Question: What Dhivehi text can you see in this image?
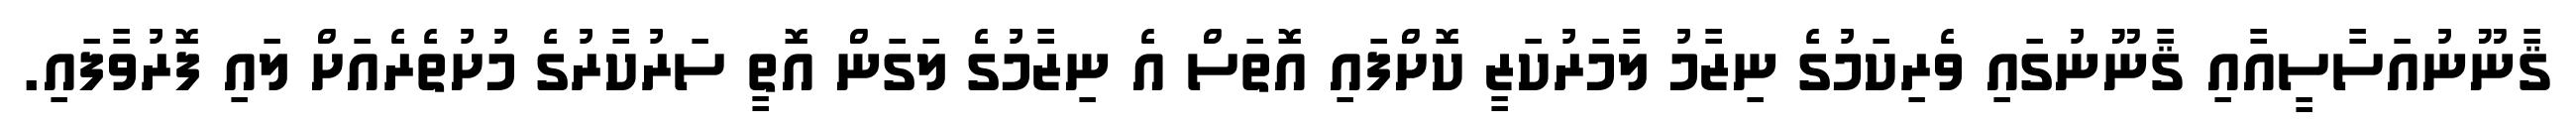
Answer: ޤާނޫނުއަސާސީއާއި ޤާނޫނުގައި ވެރިކަމުގެ ނިޒާމު ލާމަރުކަޒީ ކޮށްފައި އޮތަސް އެ ނިޒާމުގެ ލަގަން އޮތީ ސަރުކާރުގެ މުށުތެރެއަށް ލައި ފޮރުވާފައި.